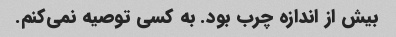
بیش از اندازه چرب بود. به کسی توصیه نمی‌کنم.